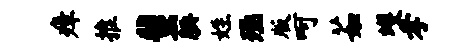
瘴推蜚腆姓殛版呵茹蠖孝